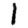
Digit: 1